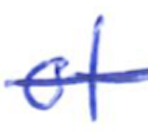
Text: of
Cross-out: single-line
Writing tool: ballpoint